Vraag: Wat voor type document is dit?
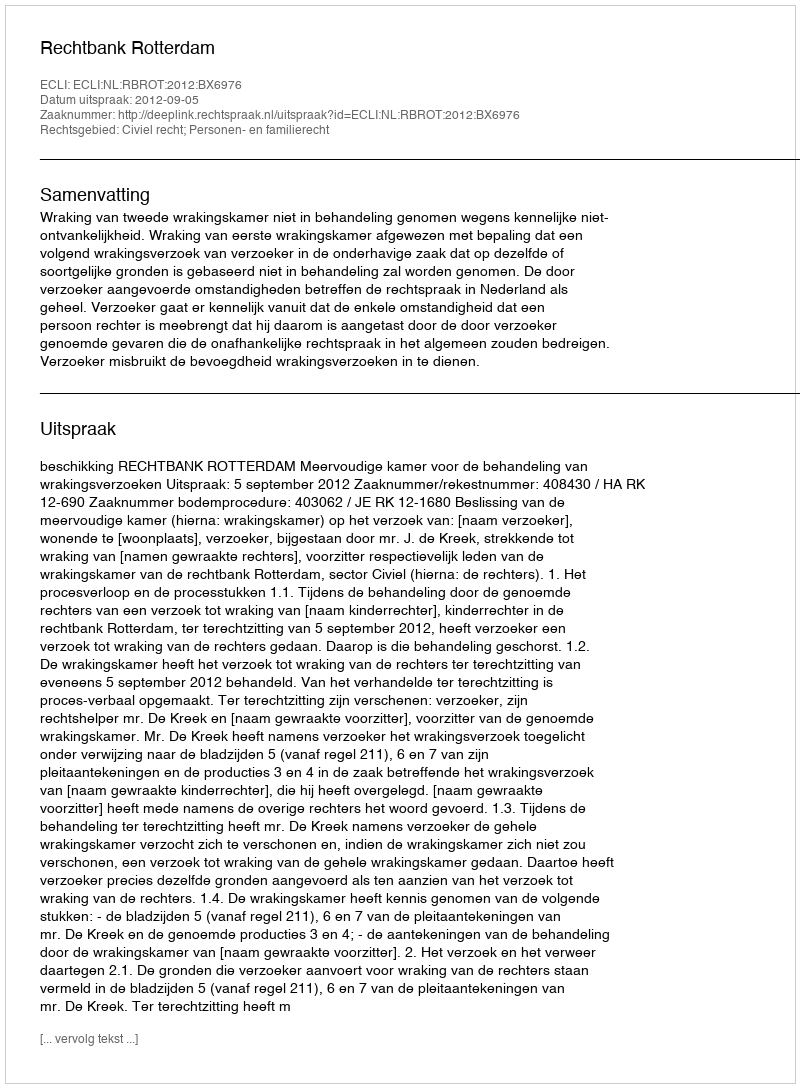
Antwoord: Uitspraak